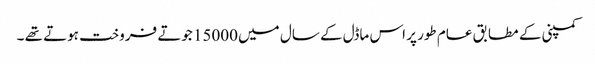
کمپنی کے مطابق عام طور پر اس ماڈل کے سال میں 15000 جوتے فروخت ہوتے تھے ۔